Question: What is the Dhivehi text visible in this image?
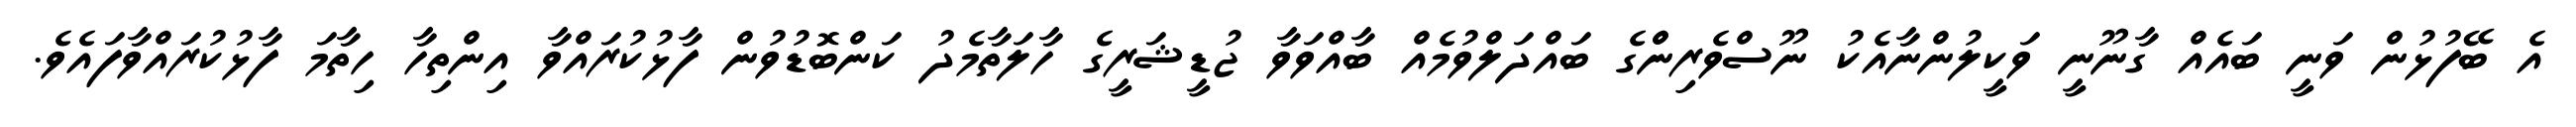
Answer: އެ ބޭފުޅުން ވަނީ ބައެއް ގާނޫނީ ވަކީލުންނާއެކު ނޫސްވެރިންްގެ ބައްދަލްވުމެއް ބާއްވަވާ ޖުޑީޝަރީގެ ހާލަތާމެދު ކަންބޮޑުވުން ފާޅުކުރައްވާ އިންތިހާ ހިތާމަ ފާޅުކުރައްވާފައެވެ.